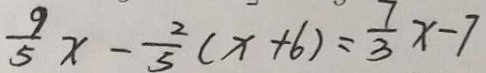
\frac { 9 } { 5 } x - \frac { 2 } { 3 } ( x + 6 ) = \frac { 7 } { 3 } x - 7